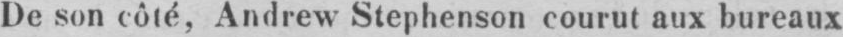
De son côté, Andrew Stephenson courut aux bureaux